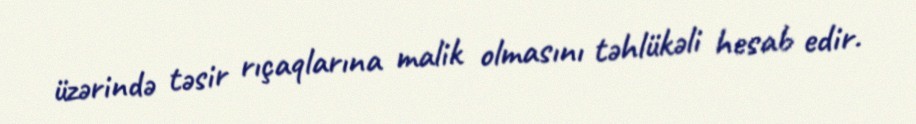
üzərində təsir rıçaqlarına malik olmasını təhlükəli hesab edir.